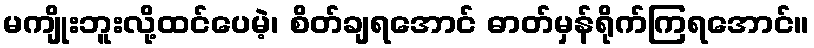
မကျိုးဘူးလို့ထင်ပေမဲ့၊ စိတ်ချရအောင် ဓာတ်မှန်ရိုက်ကြရအောင်။